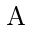
\mathrm { A }